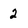
Character: 2